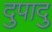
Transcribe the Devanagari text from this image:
दुपादु